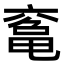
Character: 𠅾